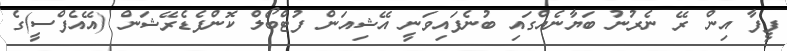
ފީފާ އިން ރޭ ނެރުނު ބަޔާނެއްގައި ބުނެފައިވަނީ އޭޝިއަން ފުޓްބޯލް ކޮންފެޑެރޭޝަން (އޭއެފްސީ)ގެ